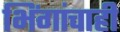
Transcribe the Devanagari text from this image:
भिंगांचाही